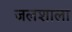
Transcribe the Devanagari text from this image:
जलशाला